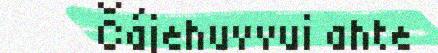
Čájehuvvui ahte